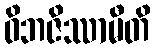
ဝိဘဇိဿာမီတိ